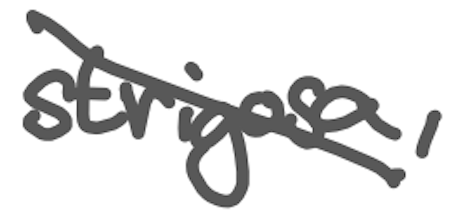
Text: strigosa,
Cross-out: mix
Writing tool: digital_gray